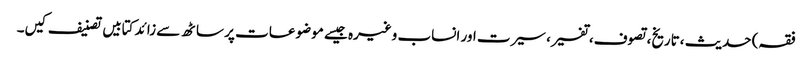
فقہ) حدیث ،تاریخ، تصوف، تفسیر، سیرت اور انساب وغیرہ جیسے موضوعات پر ساٹھ سے زائد کتابیں تصنیف کیں۔